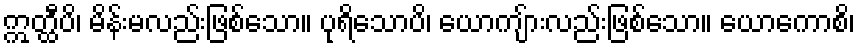
ဣတ္ထီပိ၊ မိန်းမလည်းဖြစ်သော။ ပုရိသောပိ၊ ယောကျ်ားလည်းဖြစ်သော။ ယောကောစိ၊